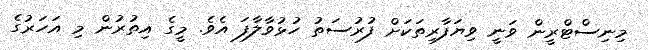
މިނިސްޓްރީން ވަނީ ވިޔަފާރިތަކަށް ފުރުސަތު ހުޅުވާލާފަ އެވެ. މީގެ އިތުރުން މި އަހަރުގެ